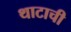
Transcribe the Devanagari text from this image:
थाटाची